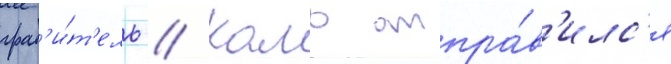
граб'и́т'ель // Камо отпра́в'илс'я